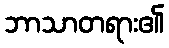
ဘာသာတရား၏